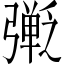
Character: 𫸿